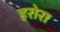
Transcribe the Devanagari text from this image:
हरोरा